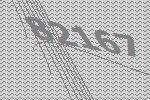
82167